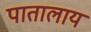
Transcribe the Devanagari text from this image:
पातालाय